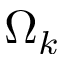
\Omega _ { k }